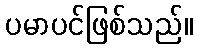
ပမာပင်ဖြစ်သည်။